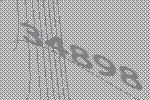
34898